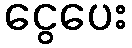
ငွေပေး